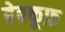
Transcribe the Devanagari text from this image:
बेबकूफ़